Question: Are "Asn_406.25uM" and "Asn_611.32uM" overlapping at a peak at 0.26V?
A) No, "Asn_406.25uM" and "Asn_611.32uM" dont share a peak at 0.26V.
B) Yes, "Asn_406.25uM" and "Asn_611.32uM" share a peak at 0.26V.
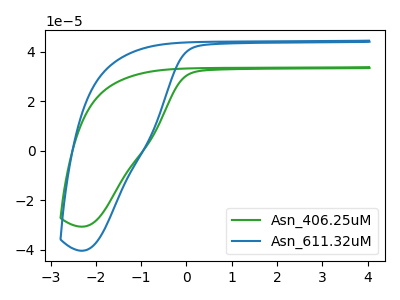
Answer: <think>The green curve "Asn_406.25uM" has no peaks. The blue curve "Asn_611.32uM" has no peaks.</think>
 <answer>A) No, "Asn_406.25uM" and "Asn_611.32uM" dont share a peak at 0.26V.</answer>
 <eval>A</eval>